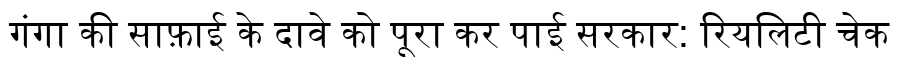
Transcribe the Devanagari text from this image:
गंगा की साफ़ाई के दावे को पूरा कर पाई सरकार: रियलिटी चेक